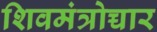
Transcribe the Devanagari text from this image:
शिवमंत्रोच्चार